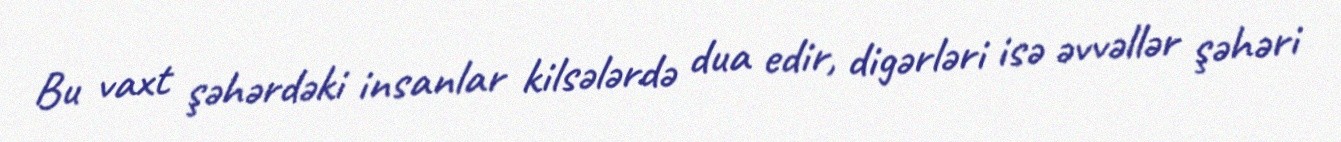
Bu vaxt şəhərdəki insanlar kilsələrdə dua edir, digərləri isə əvvəllər şəhəri